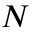
N